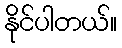
နိုင်ပါတယ်။